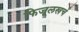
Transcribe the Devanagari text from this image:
फिजूलखर्च